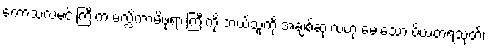
ကောသလမင်းကြီးက မလ္လိကာမိဖုရားကြီးကို ဘယ်သူကို အချစ်ဆုံးလဲဟု မေးသော ပိယတရသုတ်၊